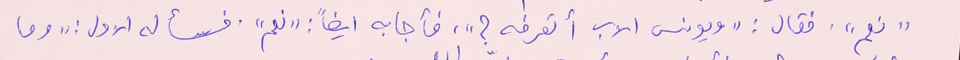
"نعم". فقال : "يونس الاب أتعرفه ؟"، فأجابه ايضاً : "نعم". فسأله الاول : "وما